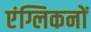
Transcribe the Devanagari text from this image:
एंग्लिकनों